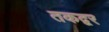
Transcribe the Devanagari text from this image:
तकद्वर